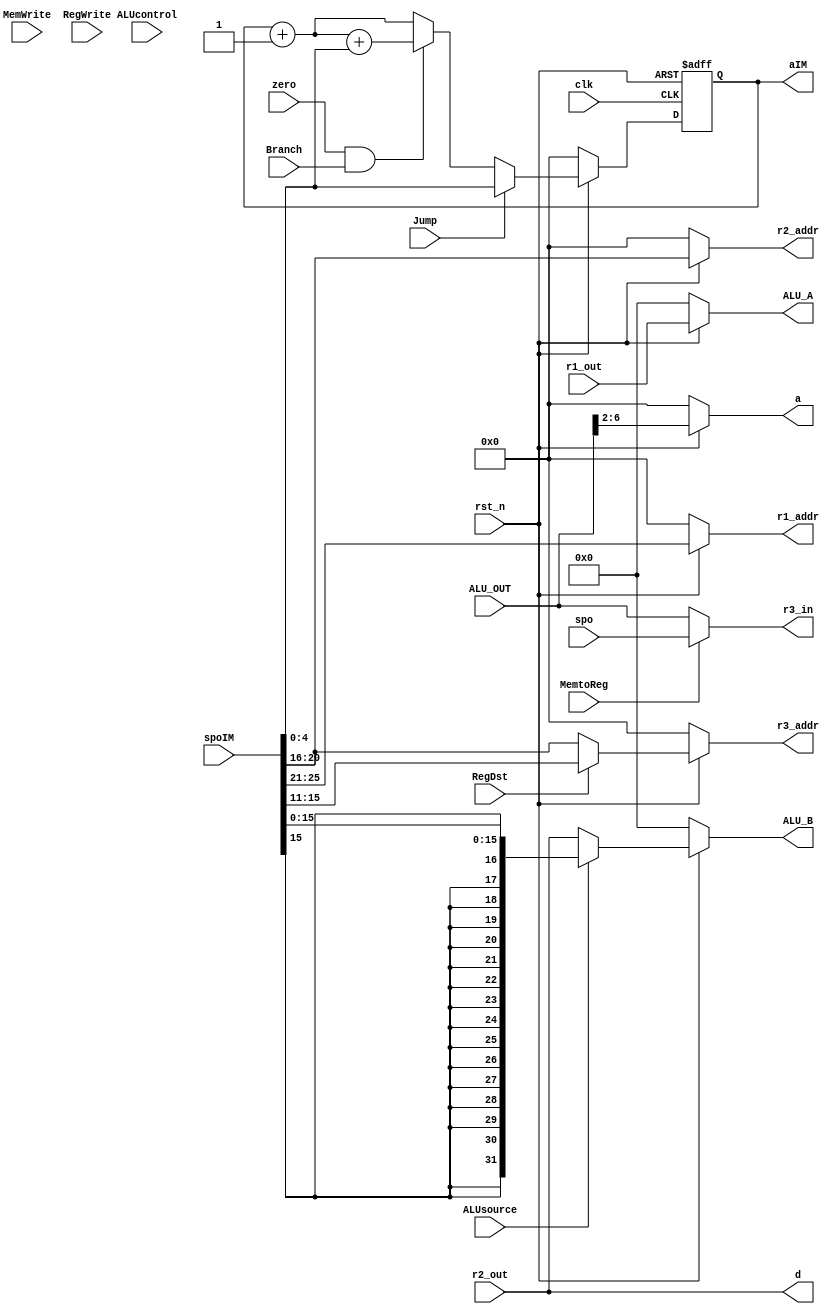
`timescale 1ns / 1ps
//////////////////////////////////////////////////////////////////////////////////
// Company: 
// Engineer: 
// 
// Design Name: 
// Module Name:    ControlSegment 
// Project Name: 
// Target Devices: 
// Tool versions: 
// Description: 
//
// Dependencies: 
//
// Revision: 
// Revision 0.01 - File Created
// Additional Comments: 
//
//////////////////////////////////////////////////////////////////////////////////
module ControlSegment(
input					clk,
input					rst_n,
input		[31:0]	spoIM,
input					MemtoReg,
input					MemWrite,
input					Branch,
input		[2:0]		ALUcontrol,
input					ALUsource,
input					RegDst,
input					RegWrite,
input					Jump,
input				[31:0]	r1_out,
input				[31:0]	r2_out,
input							zero,
input				[31:0]	ALU_OUT,
input				[31:0]	spo,
output	reg	[4:0]		aIM,
output	reg	[4:0] 	r1_addr,
output	reg	[4:0]		r2_addr,
output	reg	[4:0]		r3_addr,
output	reg	[31:0]	r3_in,
output	reg	[31:0]	ALU_A,
output	reg	[31:0]	ALU_B,
output	reg	[31:0]	d,
output	reg	[4:0]		a
    );

reg	PCSrc = 0;
reg	[4:0]	 PCBranch = 5'h0;
reg	signed [31:0] sign_extend = 32'h0;
reg	[8:0]	count = 8'h0;
reg	[4:0]	aIM_out = 5'h0;


/* Sign immediate */
always@(*)
begin
	sign_extend = $signed(spoIM[15:0]);
end

/* ALU_A	ALU_B */
always@(*)
begin
	if(~rst_n)
	begin
		r1_addr = 5'h0;
		r2_addr = 5'h0;
		r3_addr = 5'h0;
	end
	else
	begin
		r1_addr = spoIM[25:21];
		r2_addr = spoIM[20:16];
		r3_addr = RegDst ? spoIM[15:11] : spoIM[20:16];
	end
end

/* ALU source */
always@(*)
begin
	if(~rst_n)
	begin
		ALU_A = 32'h0;
		ALU_B = 32'h0;
	end
	else
	begin
		ALU_A = r1_out;
		ALU_B = ALUsource ? sign_extend : r2_out;		//  ALUsource 
	end
end


/* Mem Address */
always@(*)
begin
	if(~rst_n)
	begin
		a = 5'h0;
	end
	else
	begin
		a = (ALU_OUT >> 2);		// 4, 
	end
end


/* Mem Data */
always@(*)
begin
	d = r2_out;
end


/* Result */
always@(*)
begin
	r3_in = MemtoReg ? spo : ALU_OUT;
end


/* PC source */
always@(*)
begin
	PCSrc = zero & Branch;
end


/* PC + 4, PC branch control, PC jump control*/
always@(*)
begin
	if(~rst_n)
		aIM_out = 5'h0;
	else
	begin
		aIM_out = aIM;
		aIM_out = aIM_out + 5'h1;
		PCBranch = aIM_out + sign_extend;
		aIM_out = PCSrc ? PCBranch : aIM_out;
		aIM_out = Jump ? spoIM[4:0] : aIM_out;
	end
end

always@(posedge clk or negedge rst_n)
begin
	if(~rst_n)
		aIM = 5'h0;
	else
	begin
		aIM = aIM_out;
	end
end

endmodule